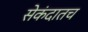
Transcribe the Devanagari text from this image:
सेकंदातच